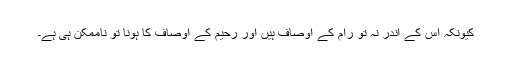
کیونکہ اس کے اندر نہ تو رام کے اوصاف ہیں اور رحیم کے اوصاف کا ہونا تو ناممکن ہی ہے۔